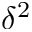
\delta ^ { 2 }